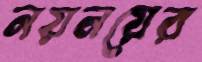
নয়নয়ের